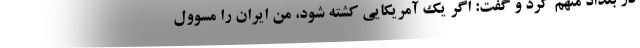
در بغداد متهم کرد و گفت: اگر یک آمریکایی کشته شود، من ایران را مسوول